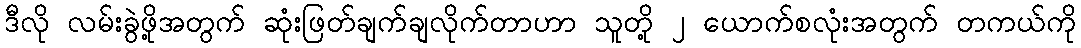
ဒီလို လမ်းခွဲဖို့အတွက် ဆုံးဖြတ်ချက်ချလိုက်တာဟာ သူတို့ ၂ ယောက်စလုံးအတွက် တကယ်ကို